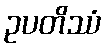
ဥပတိဿံ